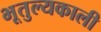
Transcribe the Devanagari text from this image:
भूतुल्यकाली